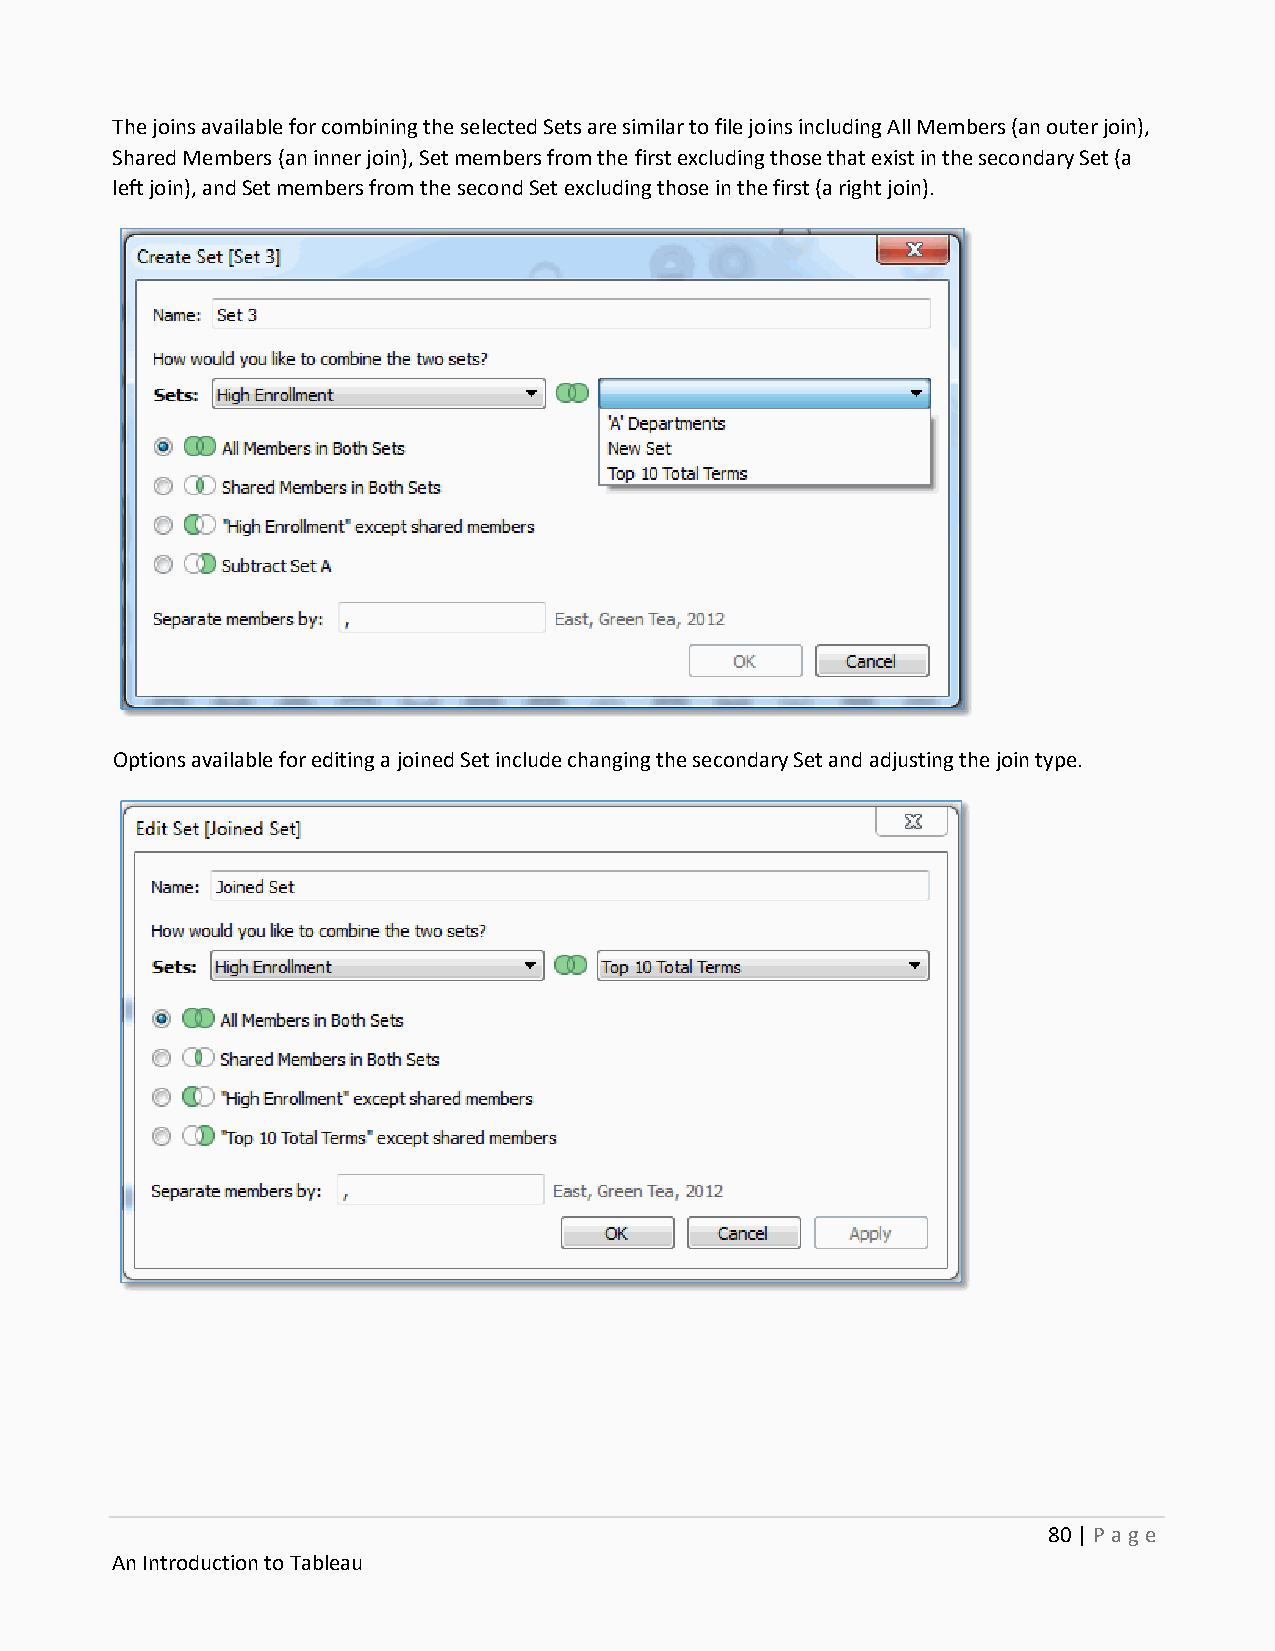
The joins available for combining the selected Sets are similar to file joins including All Members (an outer join),
 Shared Members (an inner join), Set members from the first excluding those that exist in the secondary Set (a
 left join), and Set members from the second Set excluding those in the first (a right join).
 Options available for editing a joined Set include changing the secondary Set and adjusting the join type.
 80 | P age
 An Introduction to Tableau